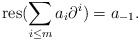
\begin{align*}\mathrm{res} ( \sum_{i \leq m} a_i \partial ^{i} ) = a_{-1} .\end{align*}